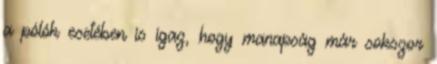
a pólók esetében is igaz, hogy manapság már sokszor